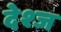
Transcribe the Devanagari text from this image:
देश्ज